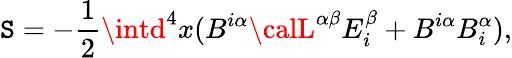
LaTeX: \mathtt{S}=-{\frac{{1}}{{2}}}\intd^{4}x(B^{i\alpha}{\calL}^{\alpha\beta}E_{i}^{\beta}+B^{i\alpha}B_{i}^{\alpha}),